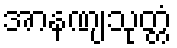
အာနဏျသုတ္တံ